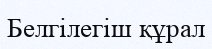
Белгілегіш құрал